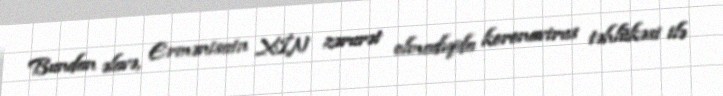
Bundan əlavə, Ermənisatn XİN zərurət olmadıqda koronavirus təhlükəsi ilə